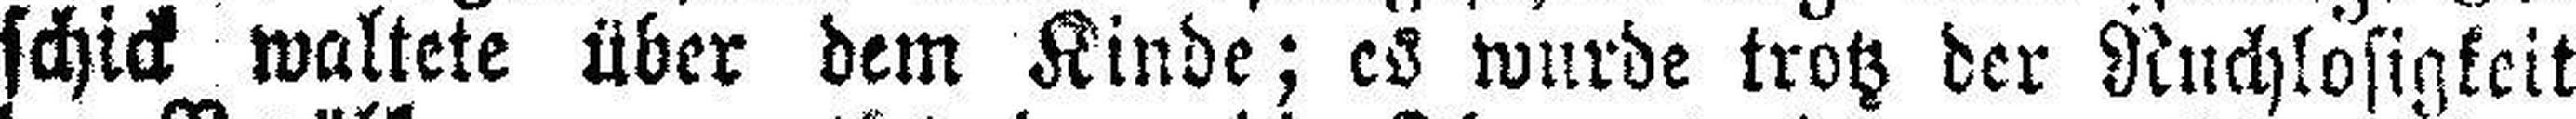
schick waltete über dem Kinde; es wurde trotz der Ruchlosigkeit